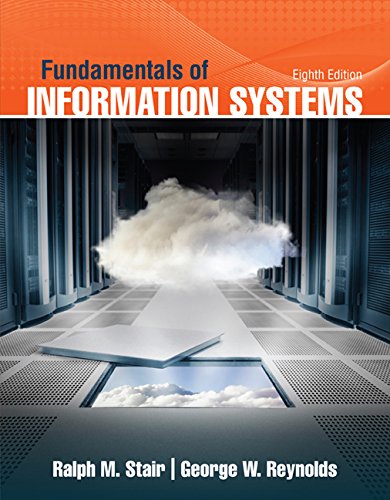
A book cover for Fundamentals of Information Systems; Ralph Stair; Computers & Technology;